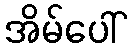
အိမ်ပေါ်